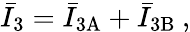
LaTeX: \bar{I}_{3}=\bar{I}_{3\mathrm{A}}+\bar{I}_{3\mathrm{B}}\: ,